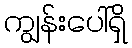
ကျွန်းပေါ်ရှိ